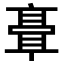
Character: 𬴘